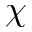
\chi